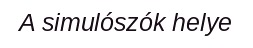
A simulószók helye